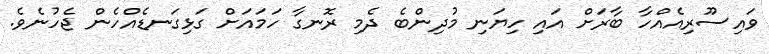
ވައިސޫރިއެއްހާ ބާރަށް އައި ހިޔަނި މުދިންބެ ދެމި ރޮނގާ ހަމައަށް ގަޅިގަނޑެއްހެން ޖެހުނެވެ.